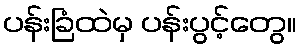
ပန်းခြံထဲမှ ပန်းပွင့်တွေ။